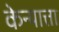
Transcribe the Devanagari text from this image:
केन्यात्ता